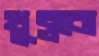
খুব্‌লবো